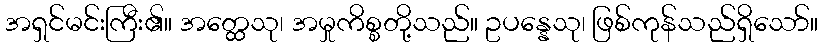
အရှင်မင်းကြီး၏။ အတ္ထေသု၊ အမှုကိစ္စတို့သည်။ ဥပန္နေသု၊ ဖြစ်ကုန်သည်ရှိသော်။